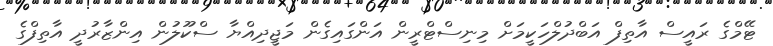
ޓޭމްގެ ރައީސް އާތިފް އަބްދުލްހަކީމަށް މިނިސްޓްރީން އަންގައިގެން މަޖީދިއްޔާ ސްކޫލުން އިންޒާރުދީ އާތިފްގެ